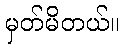
မှတ်မိတယ်။